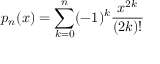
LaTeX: p _ { n } ( x ) = \sum _ { k = 0 } ^ { n } ( - 1 ) ^ { k } { \frac { x ^ { 2 k } } { ( 2 k ) ! } }